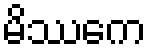
မိဿကေ